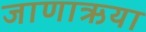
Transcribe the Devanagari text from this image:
जाणाऋया